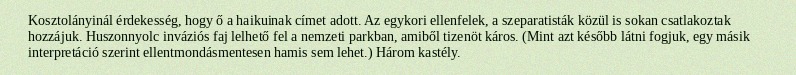
Kosztolányinál érdekesség, hogy ő a haikuinak címet adott. Az egykori ellenfelek, a szeparatisták közül is sokan csatlakoztak hozzájuk. Huszonnyolc inváziós faj lelhető fel a nemzeti parkban, amiből tizenöt káros. (Mint azt később látni fogjuk, egy másik interpretáció szerint ellentmondásmentesen hamis sem lehet.) Három kastély.